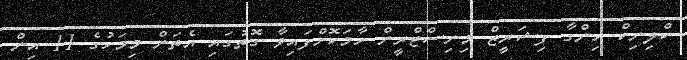
ކްލިނިކް ހިންގާ ފިޝަރީޒް މިނިސްޓްރީން ހާމަކޮށްފައިވާ ގޮތުގައި އެތަން މިމަހުގެ 11 އިން